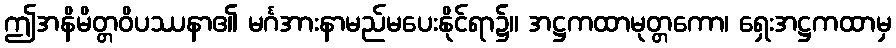
ဤအနိမိတ္တဝိပဿနာ၏ မင်္ဂအားနာမည်မပေးနိုင်ရာ၌။ အဋ္ဌကထာမုတ္တကော၊ ရှေးအဋ္ဌကထာမှ